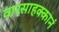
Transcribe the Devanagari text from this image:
वारसाहक्कानं